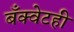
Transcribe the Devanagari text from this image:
बँक्वेटही